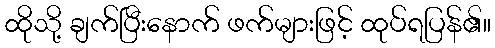
ထိုသို့ ချက်ပြီးနောက် ဖက်များဖြင့် ထုပ်ရပြန်၏။